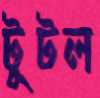
টুটল